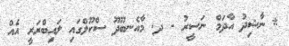
* ނާޝިދު އާދަމް ނަސީރު - ދ. މާއެނބޫދޫ ސްކޫލްގައި ލައިބްރަރީ އެއް